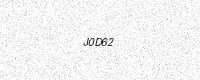
Text: J0D62